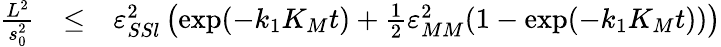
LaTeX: \begin{array}{rcl}{\frac{L^{2}}{s_{0}^{2}}}&{\leq}&{\varepsilon_{SSl}^{2}\left(\exp(-k_{1}K_{M}t)+\frac 12\varepsilon_{MM}^{2}(1-\exp(-k_{1}K_{M}t))\right)}\end{array}